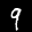
Label: 9